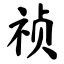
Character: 祯